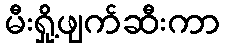
မီးရှို့ဖျက်ဆီးကာ